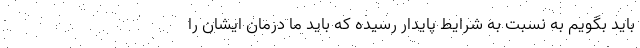
باید بگویم به نسبت به شرایط پایدار رسیده که باید ما درمان ایشان را